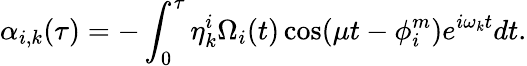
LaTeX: \alpha_{i,k}(\tau)=-\int_{0}^{\tau}\eta_{k}^{i}\Omega_{i}(t)\cos(\mu t-\phi_{i}^{m})e^{i\omega_{k}t}dt.